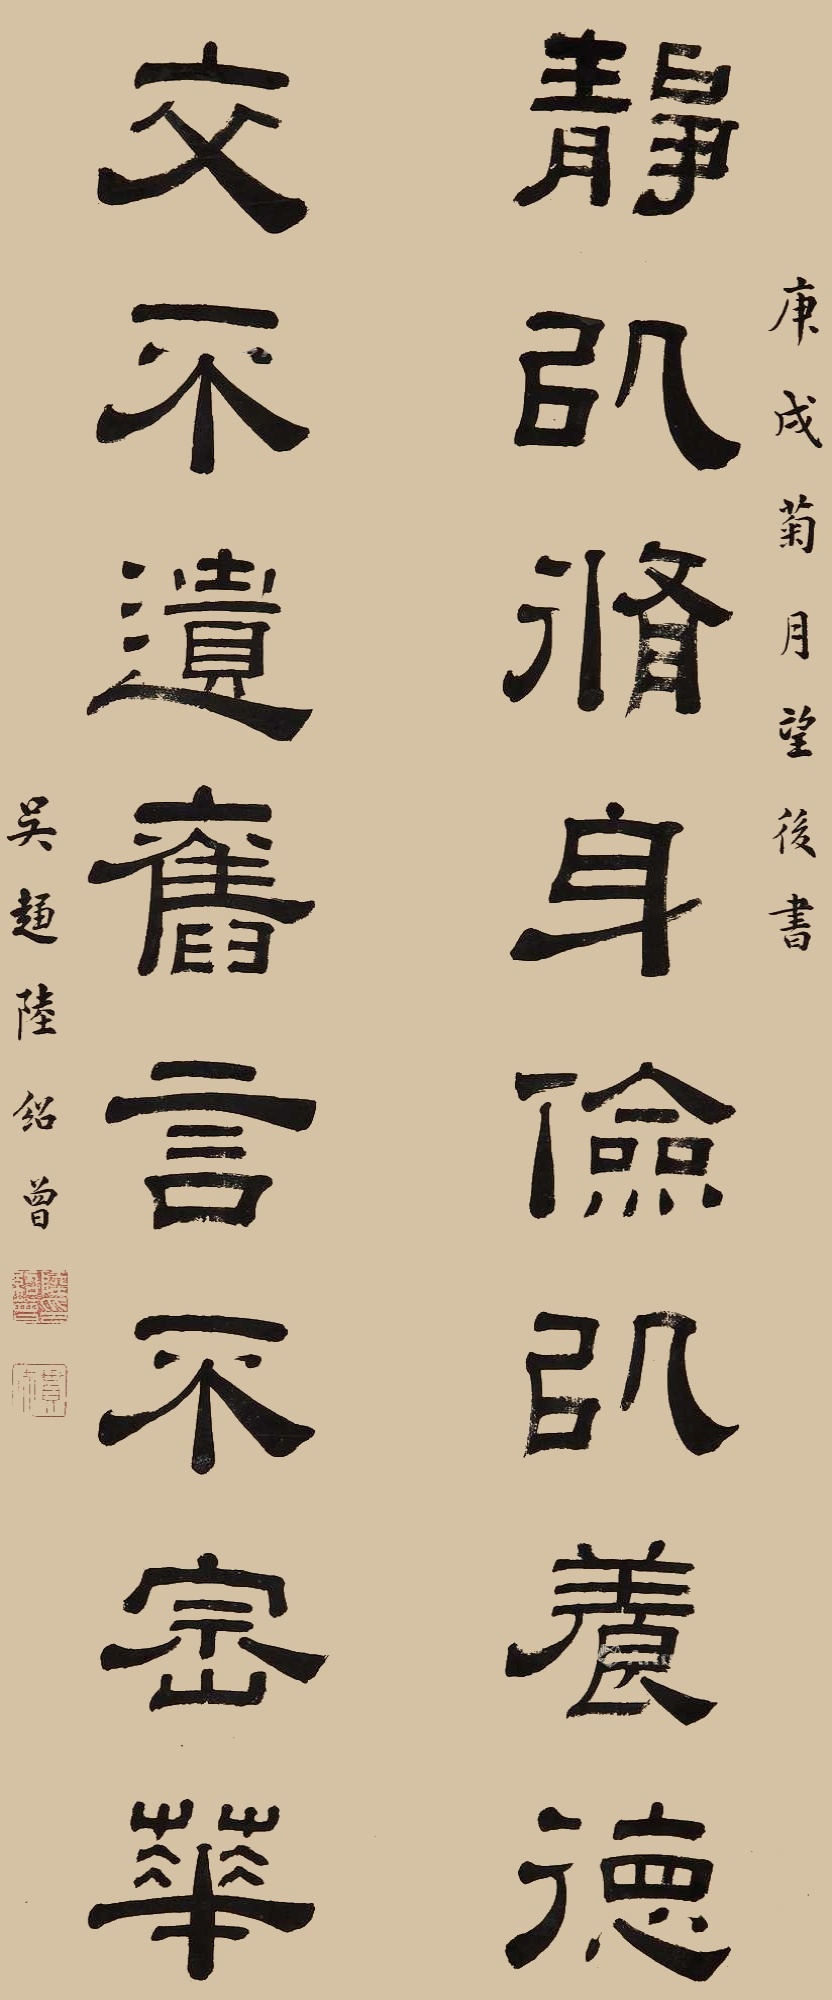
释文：静以修身俭以养德。交不遗旧言不崇华。庚戌菊月望后书，吴趋陆绍曾。